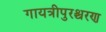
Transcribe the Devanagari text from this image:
गायत्रीपुरश्चरण